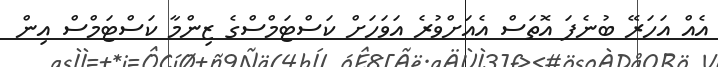
އެއް އަހަރޭ ބުނެފަ އޮތަސް އެއަށްވުރެ އަވަހަށް ކަސްޓަމްސްގެ ޒިންމާ ކަސްޓަމްސް އިން